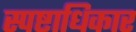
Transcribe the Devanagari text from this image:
स्पष्टाधिकार